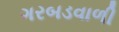
ગરબડવાળી